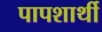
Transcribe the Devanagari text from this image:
पापशार्थी